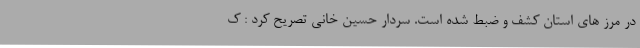
در مرز های استان کشف و ضبط شده است. سردار حسین خانی تصریح کرد : ک